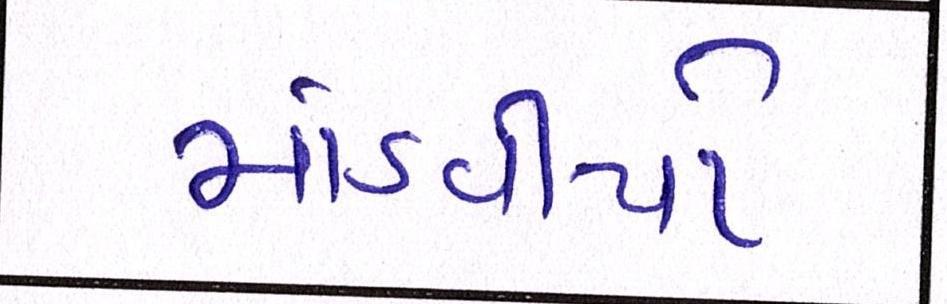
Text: માંડવીયો